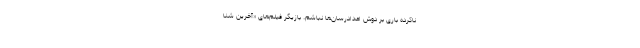
ناکرده باری بر دوش امدادرسان‌ها نباشم. بازیگر فیلم‌های «آخرین شنا